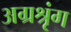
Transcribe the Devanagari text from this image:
अग्रश्रृंग